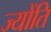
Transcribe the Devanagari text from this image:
ज्योंति